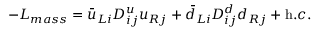
- { \cal L } _ { m a s s } = \bar { u } _ { L i } D _ { i j } ^ { u } u _ { R j } + \bar { d } _ { L i } D _ { i j } ^ { d } d _ { R j } + { \mathrm h . c . }